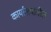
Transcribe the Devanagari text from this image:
कार्यालयांतील